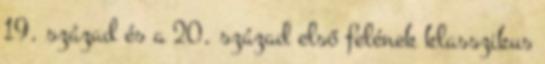
19. század és a 20. század első felének klasszikus